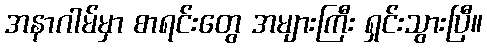
အနာဂါမ်မှာ စာရင်းတွေ အများကြီး ရှင်းသွားပြီ။